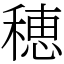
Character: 穂